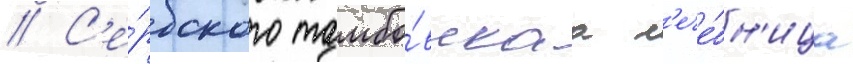
// С'е́рбского тамбо́вскаа л'ече́бн'ица